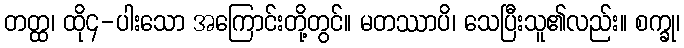
တတ္ထ၊ ထို၄-ပါးသော အကြောင်းတို့တွင်။ မတဿာပိ၊ သေပြီးသူ၏လည်း။ စက္ခု၊